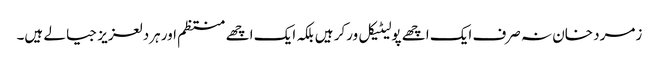
زمرد خان نہ صرف ایک اچھے پولیٹیکل ورکر ہیں بلکہ ایک اچھے منتظم اور ہردلعزیز جیالے ہیں۔